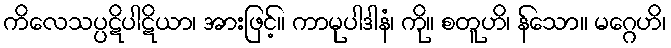
ကိလေသပ္ပဋိပါဋိယာ၊ အားဖြင့်။ ကာမုပါဒါနံ၊ ကို။ စတူဟိ၊ န်သော။ မဂ္ဂေဟိ၊